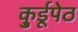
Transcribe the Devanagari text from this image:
कु्र्डूपेठ